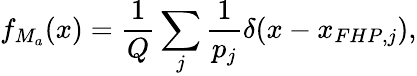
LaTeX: f_{M_{a}}(x)=\frac{1}{Q}\sum_{j}\frac{1}{p_{j}}\delta(x-x_{FHP,j}),